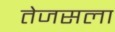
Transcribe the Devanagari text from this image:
तेजसला